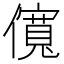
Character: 𫣷